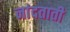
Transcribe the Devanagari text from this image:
नांदताती